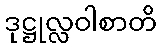
ဒုဋ္ဌုလ္လဝါစာတိ